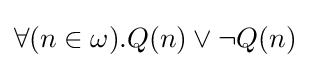
\forall (n\in \omega ).Q(n)\lor \neg Q(n)